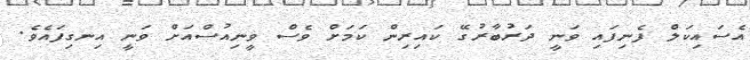
އެސައިކަލް ފެނިފައި ވަނީ ދަރުބާރުގޭ ކައިރިން ކަމަށް ވެސް ވީނިއުސްއަށް ވަނީ އިނގިފައެވެ.